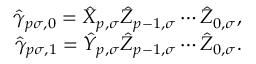
\begin{array} { r } { \hat { \gamma } _ { p \sigma , 0 } = \hat { X } _ { p , \sigma } \hat { Z } _ { p - 1 , \sigma } \cdots \hat { Z } _ { 0 , \sigma } , } \\ { \hat { \gamma } _ { p \sigma , 1 } = \hat { Y } _ { p , \sigma } \hat { Z } _ { p - 1 , \sigma } \cdots \hat { Z } _ { 0 , \sigma } . } \end{array}